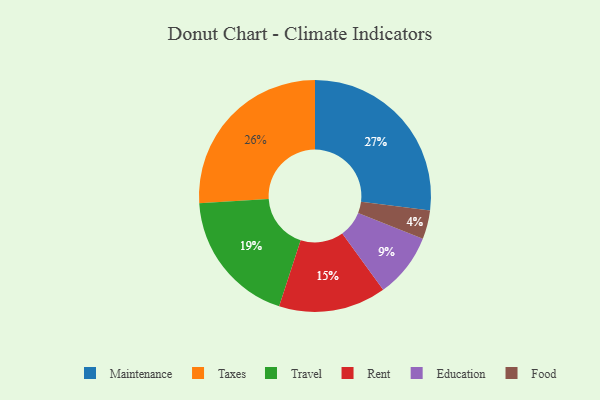
{"axis": {"x": "Category", "y": "Percentage"}, "legend": ["Education", "Food", "Maintenance", "Rent", "Taxes", "Travel"], "data": [{"x": "Taxes", "y": 26, "type": "Taxes"}, {"x": "Education", "y": 9, "type": "Education"}, {"x": "Travel", "y": 19, "type": "Travel"}, {"x": "Maintenance", "y": 27, "type": "Maintenance"}, {"x": "Rent", "y": 15, "type": "Rent"}, {"x": "Food", "y": 4, "type": "Food"}]}